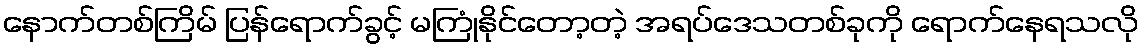
နောက်တစ်ကြိမ် ပြန်ရောက်ခွင့် မကြုံနိုင်တော့တဲ့ အရပ်ဒေသတစ်ခုကို ရောက်နေရသလို